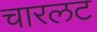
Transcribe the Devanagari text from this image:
चारलट